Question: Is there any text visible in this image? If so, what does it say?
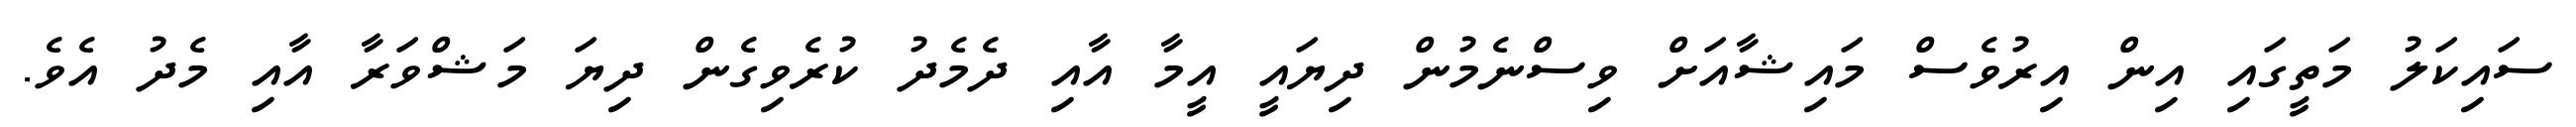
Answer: ސައިކަލު މަތީގައި އިން އިރުވެސް މައިޝާއަށް ވިސްނެމުން ދިޔައީ އީމާ އާއި ދެމެދު ކުރެވިގެން ދިޔަ މަޝްވަރާ އާއި މެދު އެވެ.